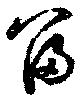
冨